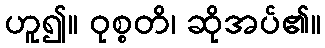
ဟူ၍။ ဝုစ္စတိ၊ ဆိုအပ်၏။